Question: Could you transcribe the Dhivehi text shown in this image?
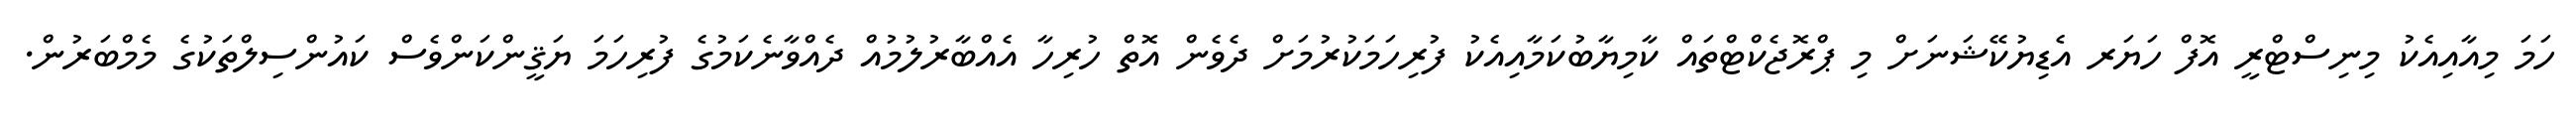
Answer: ހަމަ މިއާއިއެކު މިނިސްޓްރީ އޮފް ހަޔަރ އެޑިޔުކޭޝަނަށް މި ޕްރޮޖެކްޓްތައް ކާމިޔާބުކަމާއިއެކު ފުރިހަމަކުރުމަށް ދެވެން އޮތް ހުރިހާ އެއްބާރުލުމުއް ދެއްވާނެކަމުގެ ފުރިހަމަ ޔަޤީންކަންވެސް ކައުންސިލްތަކުގެ މެމްބަރުން.